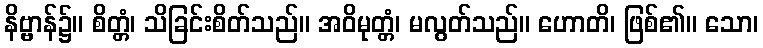
နိဗ္ဗာန်၌။ စိတ္တံ၊ သိခြင်းစိတ်သည်။ အဝိမုတ္တံ၊ မလွတ်သည်။ ဟောတိ၊ ဖြစ်၏။ သော၊